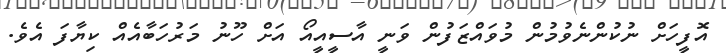
އޮފީހަށް ނުކުންނެވުމުން މުވައްޒަފުން ވަނީ އާސީއީއޯ އަށް ހޫނު މަރުހަބާއެއް ކިޔާފަ އެވެ.